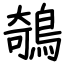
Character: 鵸